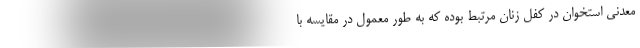
معدنی استخوان در کفل زنان مرتبط بوده که به طور معمول در مقایسه با